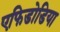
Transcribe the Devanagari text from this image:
एफिडोडिया